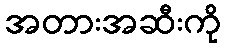
အတားအဆီးကို